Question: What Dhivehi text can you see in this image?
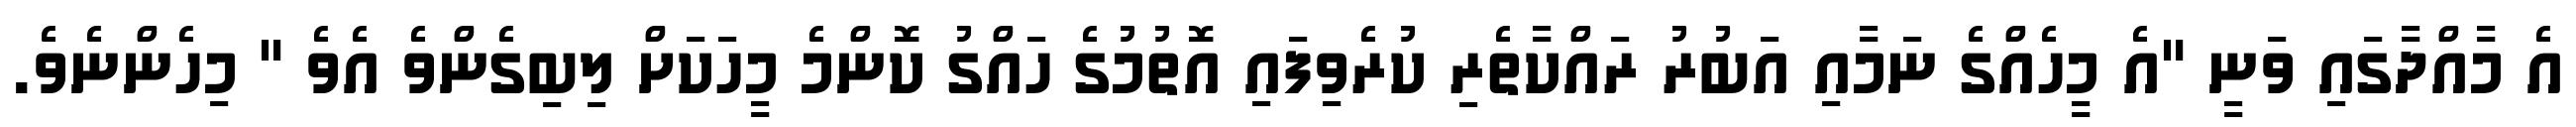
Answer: އެ މާއްދާގައި ވަނީ "އެ މީހެއްގެ ނަމާއި އަބުރު ރައްކާތެރި ކުރެވިފައި އޮތުމުގެ ހައްގު ކޮންމެ މީހަކަށް ލިބިގެންވެ އެވެ " މިހެންނެވެ.